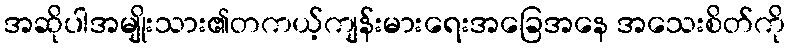
အဆိုပါအမျိုးသား၏တကယ့်ကျန်းမားရေးအခြေအနေ အသေးစိတ်ကို